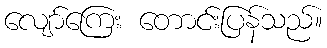
လျော်ကြေး တောင်းပြန်သည်။